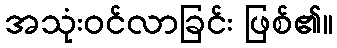
အသုံးဝင်လာခြင်း ဖြစ်၏။